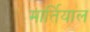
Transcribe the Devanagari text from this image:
मार्तियाल